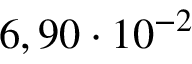
6 , 9 0 \cdot 1 0 ^ { - 2 }